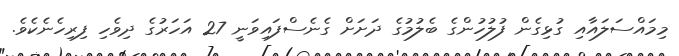
މިމައްސަލައާއި ގުޅިގެން ފުލުހުންގެ ބެލުމުގެ ދަށަށް ގެނެސްފައިވަނީ 27 އަހަރުގެ ދިވެހި ފިރިހެނެކެވެ.